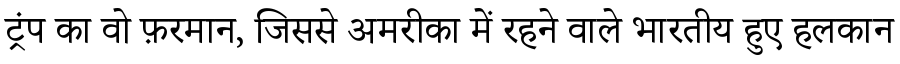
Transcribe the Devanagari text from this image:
ट्रंप का वो फ़रमान, जिससे अमरीका में रहने वाले भारतीय हुए हलकान